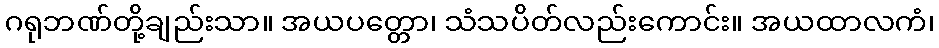
ဂရုဘဏ်တို့ချည်းသာ။ အယပတ္တော၊ သံသပိတ်လည်းကောင်း။ အယထာလကံ၊